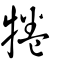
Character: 犈